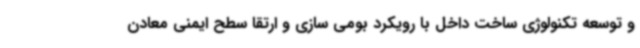
و توسعه تکنولوژی ساخت داخل با رویکرد بومی سازی و ارتقا سطح ایمنی معادن